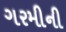
ગરમીની